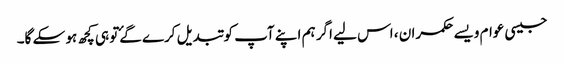
جیسی عوام ویسے حکمران ، اس لیے اگر ہم اپنے آپ کو تبدیل کرے گۓتو ہی کچھ ہو سکے گا۔